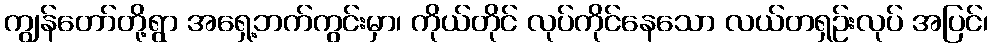
ကျွန်တော်တို့ရွာ အရှေ့ဘက်ကွင်းမှာ၊ ကိုယ်တိုင် လုပ်ကိုင်နေသော လယ်တရှဉ်းလုပ် အပြင်၊